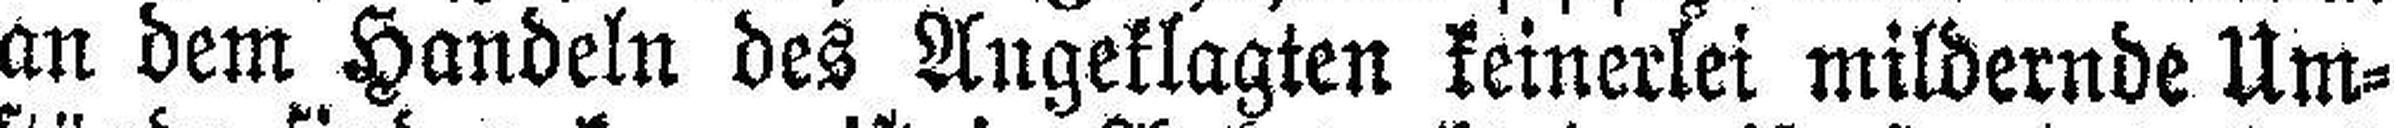
an dem Handeln des Angeklagten keinerlei mildernde Um¬